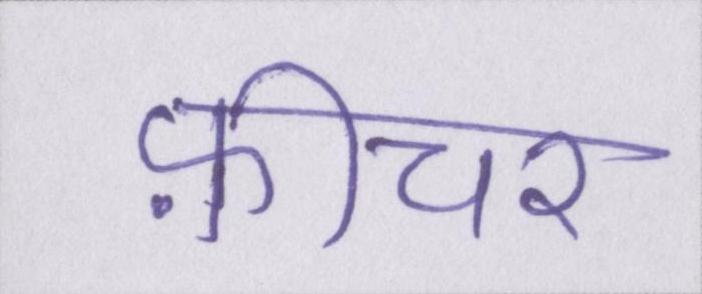
फ़ीचर